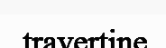
travertine